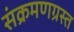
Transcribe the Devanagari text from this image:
संक्रमणग्रस्त